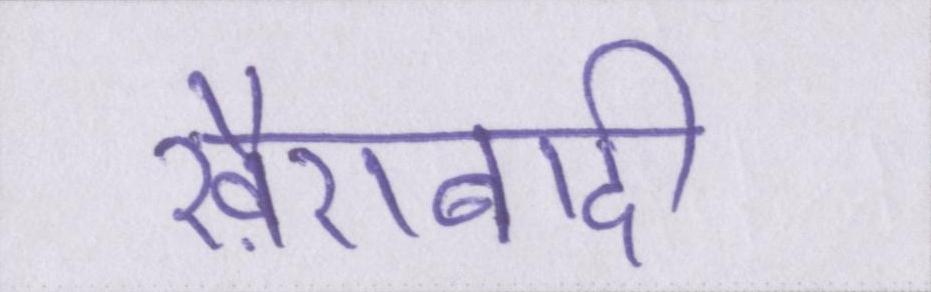
ख़ैराबादी